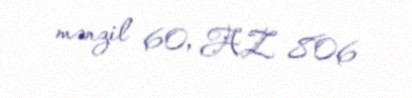
mənzil 60, AZ 806